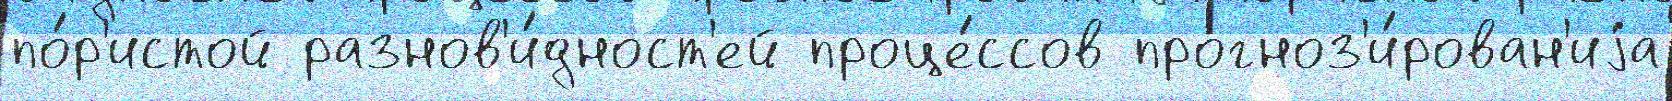
по́р'истой разнов'и́дност'ей проце́ссов прогноз'и́рован'иjа